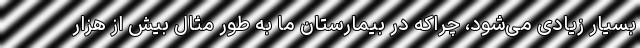
بسیار زیادی می‌شود، چراکه در بیمارستان ما به طور مثال بیش از هزار